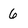
Character: 6